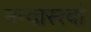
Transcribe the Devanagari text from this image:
मन्दास्त्वां